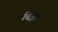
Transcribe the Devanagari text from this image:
बिझा